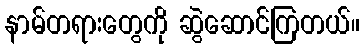
နာမ်တရားတွေကို ဆွဲဆောင်ကြတယ်။